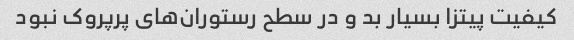
کیفیت پیتزا بسیار بد و در سطح رستوران‌های پرپروک نبود